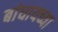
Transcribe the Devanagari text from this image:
बांधायच्या